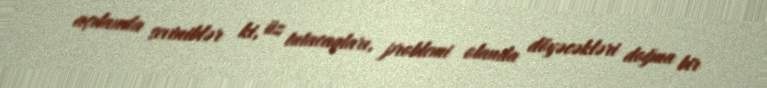
açılanda seviniblər ki, üz tutacaqları, problemi olanda döyəcəkləri doğma bir